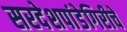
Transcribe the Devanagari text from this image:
सरदेशपांडेगिरीचे